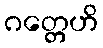
ဂတ္တေဟိ